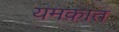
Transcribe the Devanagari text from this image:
यमकात